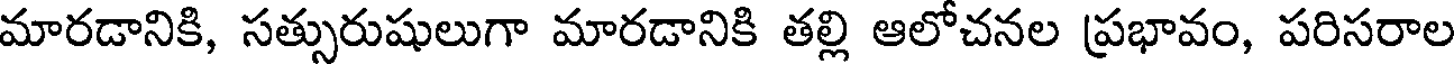
మారడానికి, సత్సురుషులుగా మారడానికి తల్లి ఆలోచనల ప్రభావం, పరిసరాల